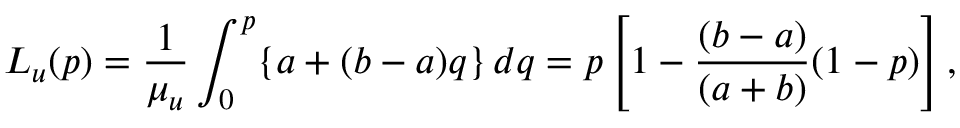
L _ { u } ( p ) = \frac { 1 } { \mu _ { u } } \int _ { 0 } ^ { p } \{ a + ( b - a ) q \} \, d q = p \left[ 1 - \frac { ( b - a ) } { ( a + b ) } ( 1 - p ) \right] ,